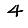
Digit: 4